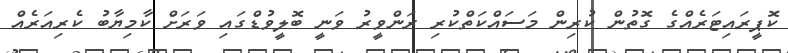
ކޮޕީރައިޓަރެއްގެ ގޮތުން ކުރިން މަސައްކަތްކުރި ރަންވީރު ވަނީ ބޮލީވުޑްގައި ވަރަށް ކާމިޔާބު ކެރިއަރެއް